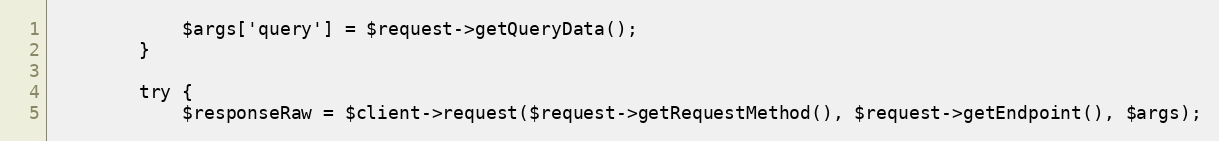
Language: PHP
            $args['query'] = $request->getQueryData();
        }

        try {
            $responseRaw = $client->request($request->getRequestMethod(), $request->getEndpoint(), $args);